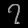
Digit: ၇